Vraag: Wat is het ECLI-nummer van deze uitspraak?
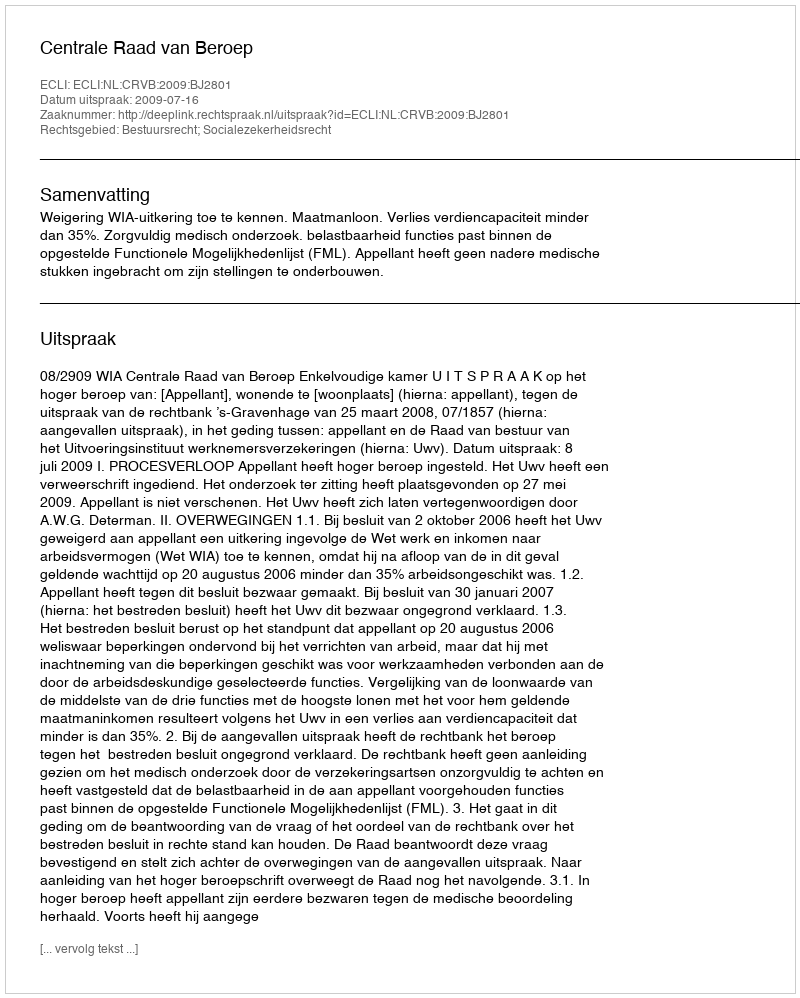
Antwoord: ECLI:NL:CRVB:2009:BJ2801